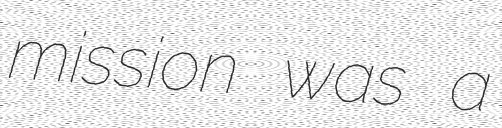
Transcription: mission was a